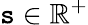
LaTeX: \mathtt{s}\in\mathbb{{R}}^{+}